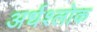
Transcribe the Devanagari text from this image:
अर्धश्लोक